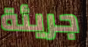
جريئة